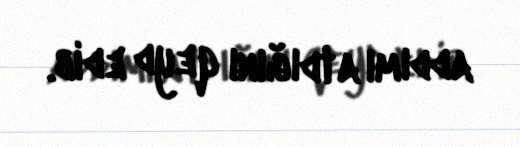
addımı atdığını qeyd edib.